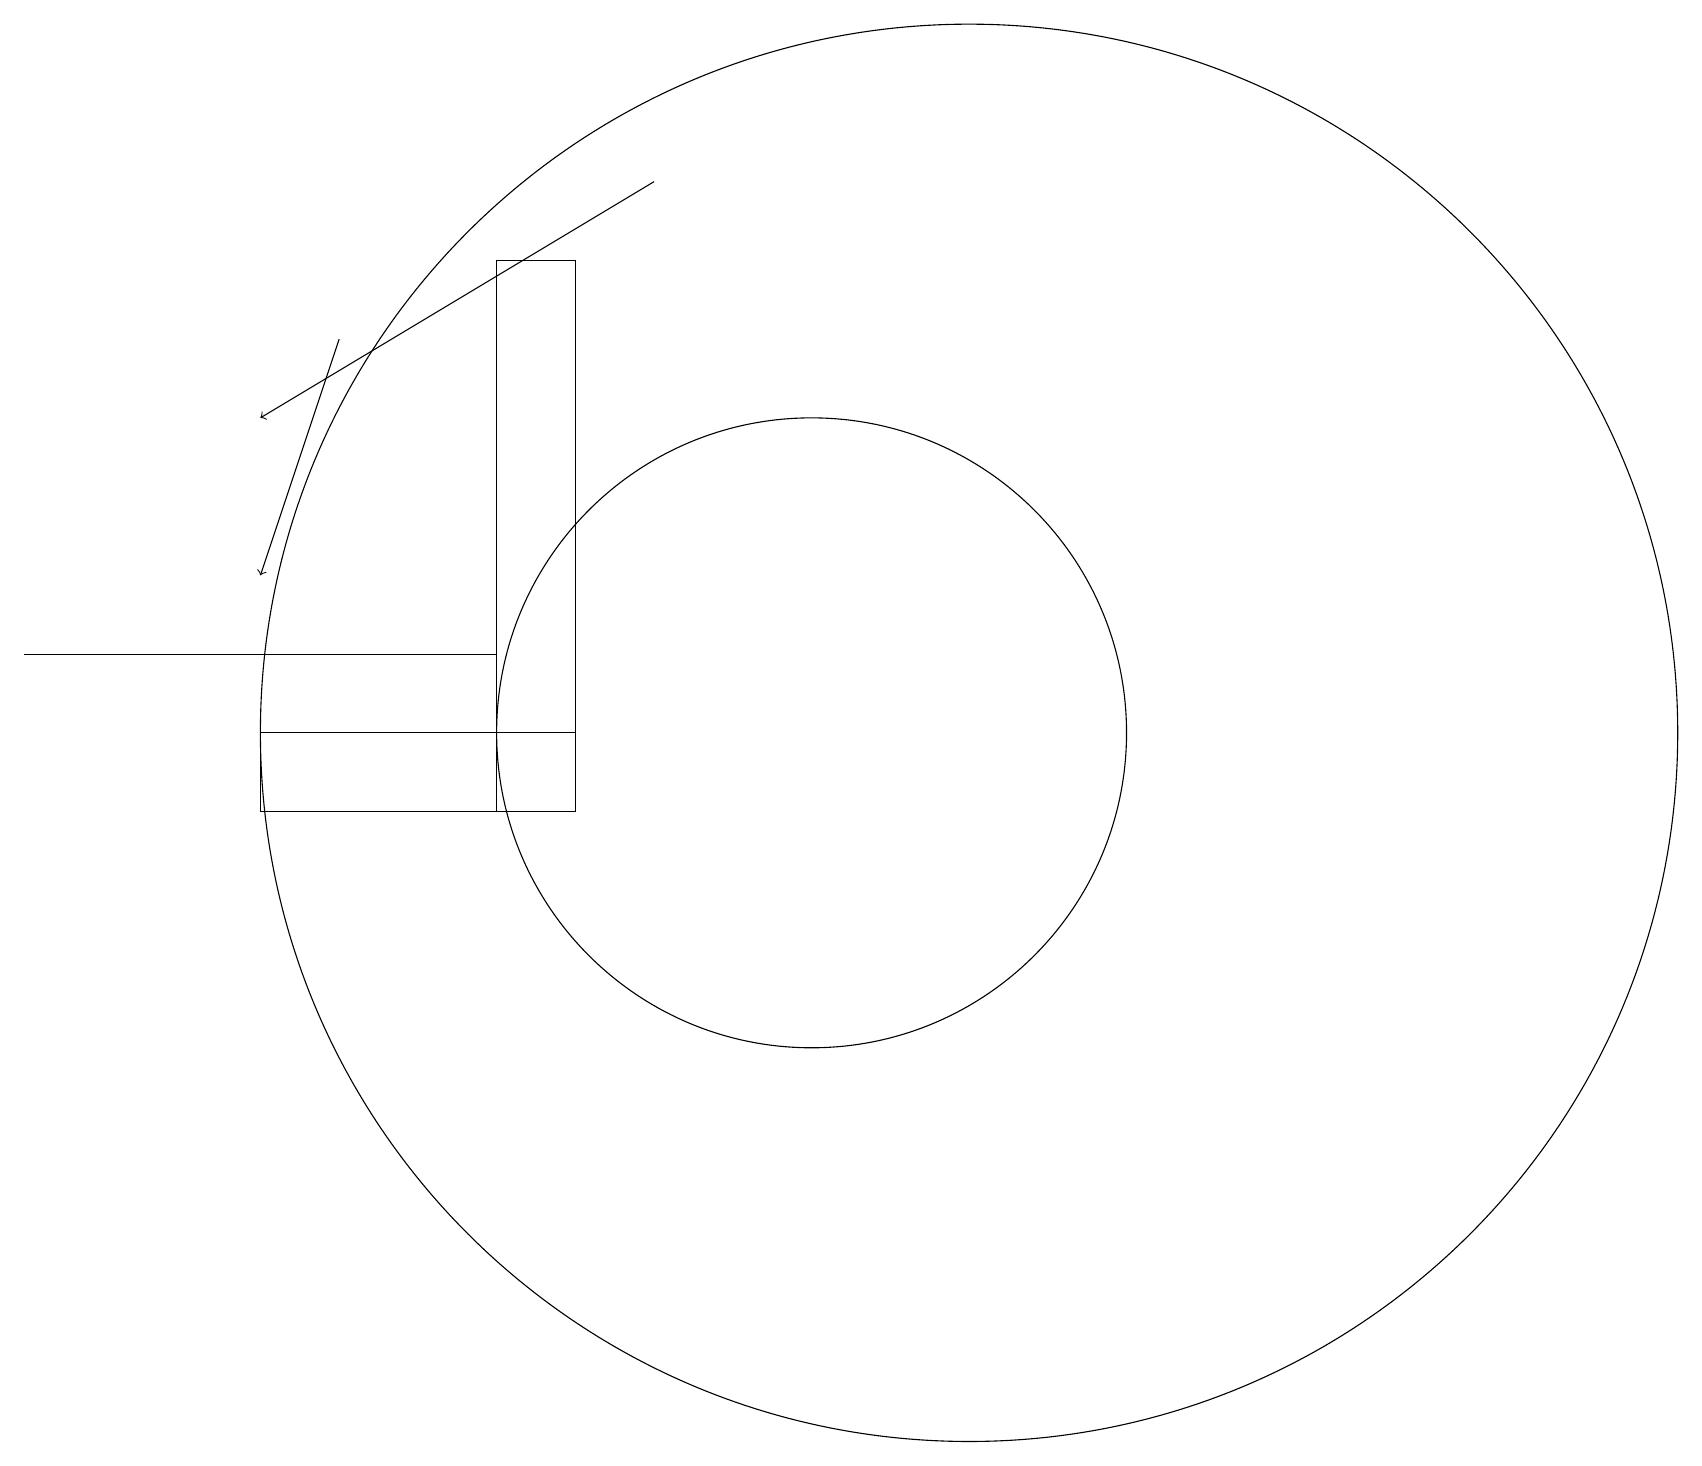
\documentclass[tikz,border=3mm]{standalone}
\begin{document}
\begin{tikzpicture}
\draw (10,12) circle (4);
\draw[->] (8,19) -- (3,16);
\draw[->] (4,17) -- (3,14);
\draw (6,13) rectangle (0,13);
\draw (6,18) rectangle (7,11);
\draw (3,11) rectangle (7,12);
\draw (12,12) circle (9);
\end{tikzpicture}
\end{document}